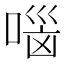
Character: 𰈐